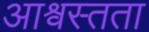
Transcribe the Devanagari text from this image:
आश्वस्तता